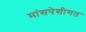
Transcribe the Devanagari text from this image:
मांसपेशीगत